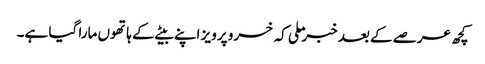
کچھ عرصے کے بعد خبر ملی کہ خسرو پرویز اپنے بیٹے کے ہاتھوں مارا گیا ہے۔